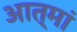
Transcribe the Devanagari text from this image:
आत्मां